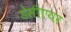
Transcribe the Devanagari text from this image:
डेसीएयर